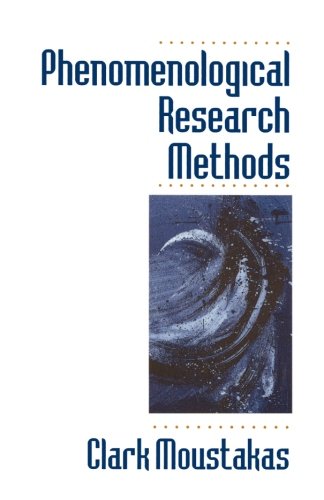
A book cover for Phenomenological Research Methods; Clark Moustakas; Medical Books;